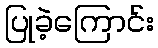
ပြုခဲ့ကြောင်း